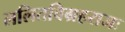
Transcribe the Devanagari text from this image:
ललितविग्रहराजः